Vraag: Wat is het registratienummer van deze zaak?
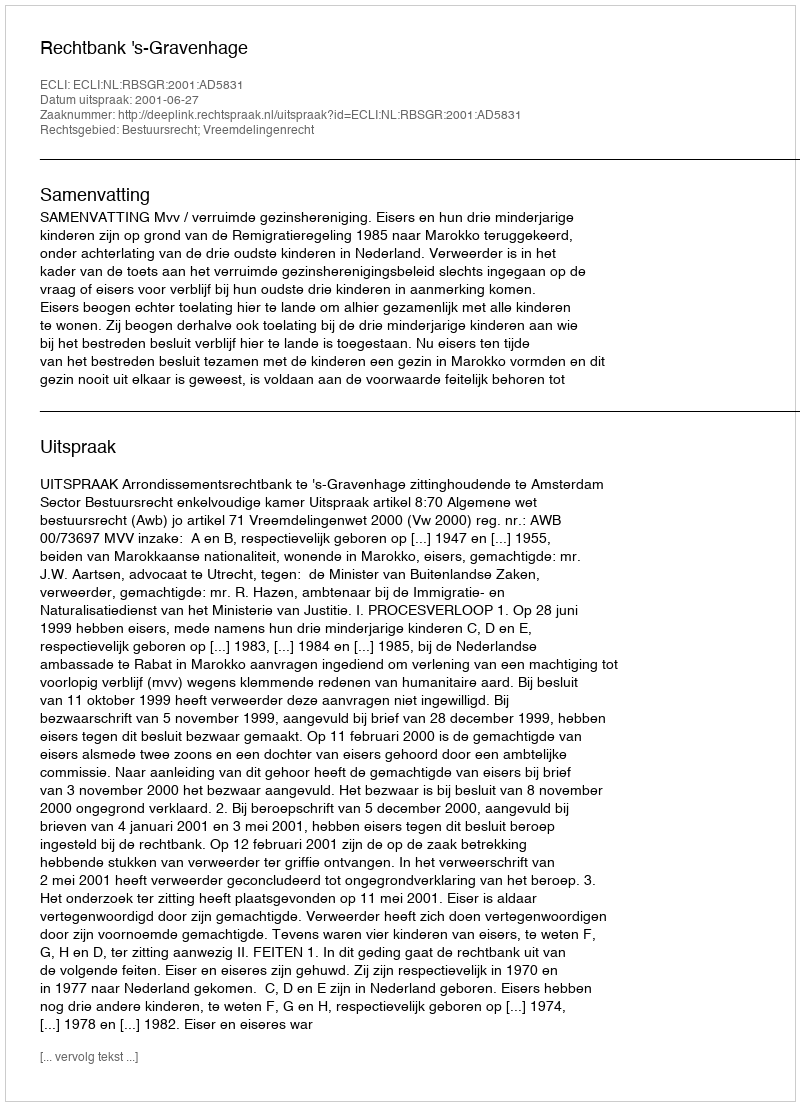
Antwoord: http://deeplink.rechtspraak.nl/uitspraak?id=ECLI:NL:RBSGR:2001:AD5831